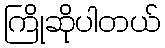
ကြိုဆိုပါတယ်